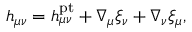
h _ { \mu \nu } = h _ { \mu \nu } ^ { \mathrm { p t } } + \nabla _ { \mu } \xi _ { \nu } + \nabla _ { \nu } \xi _ { \mu } ,